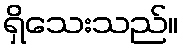
ရှိသေးသည်။